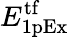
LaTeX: E_{\mathrm{1pEx}}^{\mathrm{tf}}